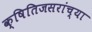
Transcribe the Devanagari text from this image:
क्षितिजसरांच्या